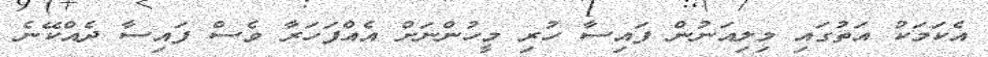
އެކަމަކު އަތުގައި މިލިއަނުން ފައިސާ ހުރި މީހުންނަށް އެއްފަހަރާ ވެސް ފައިސާ ދެއްކޭނެ